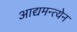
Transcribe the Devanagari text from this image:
आद्यमन्त्येन